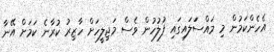
އެހެންކަމުން މި މައްސަަލައިގައި ފުލުހުން ވެސް މަޖިލީހަށް ހާޒިރު ކުރާނެ ކަމަށް އޭނާ